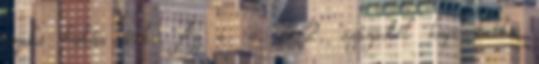
szaka hatás érte. Az i. e. 3-2. századtól kapcsolatba